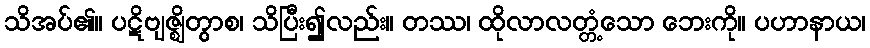
သိအပ်၏။ ပဋိဗျဇ္ဈိတွာစ၊ သိပြီး၍လည်း။ တဿ၊ ထိုလာလတ္တံ့သော ဘေးကို။ ပဟာနာယ၊